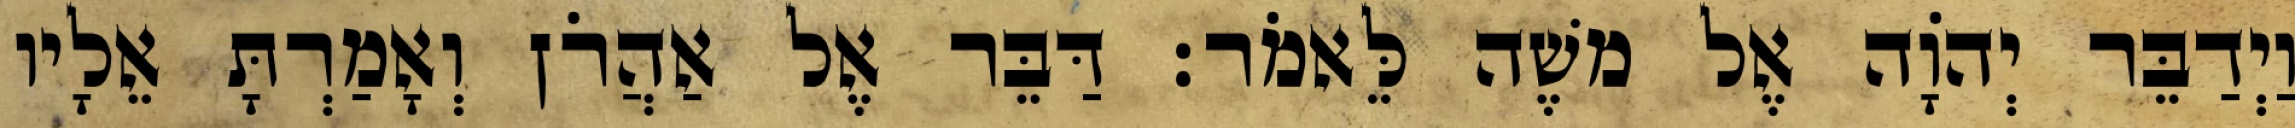
וַיְדַבֵּר יְהוָֹה אֶל משֶׁה לֵּאמֹר׃ דַּבֵּר אֶל אַהֲרֹן וְאָמַרְתָּ אֵלָיו